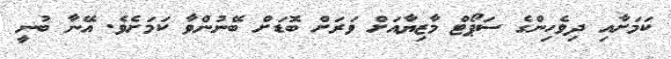
ކަމަށާއި ދިވެހިންގެ ސަޕޯޓް މާޒިޔާއަށް ވަރަށް ބޮޑަށް ބޭނުންވާ ކަމަށެވެ. އޭނާ ބުނީ